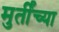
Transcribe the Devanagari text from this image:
मुर्तींच्या